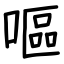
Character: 嘔